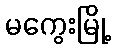
မကွေးမြို့